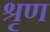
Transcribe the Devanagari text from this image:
श्रृण